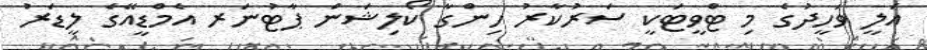
އަލީ ވަހީދުގެ މި ޓްވީޓަކީ ސަރުކާރު ހިންގާ ކޯލިޝަން ޕާޓުނަރ އެމްޑީއޭގެ ލީޑަރު